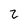
Character: 2